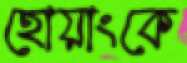
হোয়াংকে